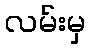
လမ်းမှ